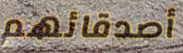
أصدقائهم